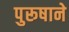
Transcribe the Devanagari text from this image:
पुरूषाने